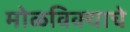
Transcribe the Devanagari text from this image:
मोळविक्याचे